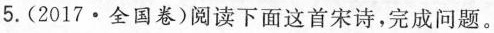
5.(2017·全国卷)阅读下面这首宋诗，完成问题。